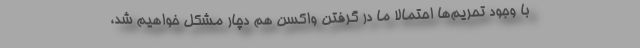
با وجود تحریم‌ها احتمالا ما در گرفتن واکسن هم دچار مشکل خواهیم شد،